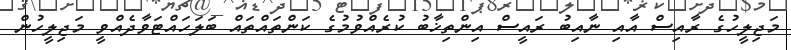
މަޖިލީހުގެ ރާއިސް އާއި ނާއިބު ރައީސް އިންތިޚާބު ކުރެއްވުމުގެ ކަންތައްތައް ބަލަހައްޓަވާދެއްވީ މަޖިލީހުން